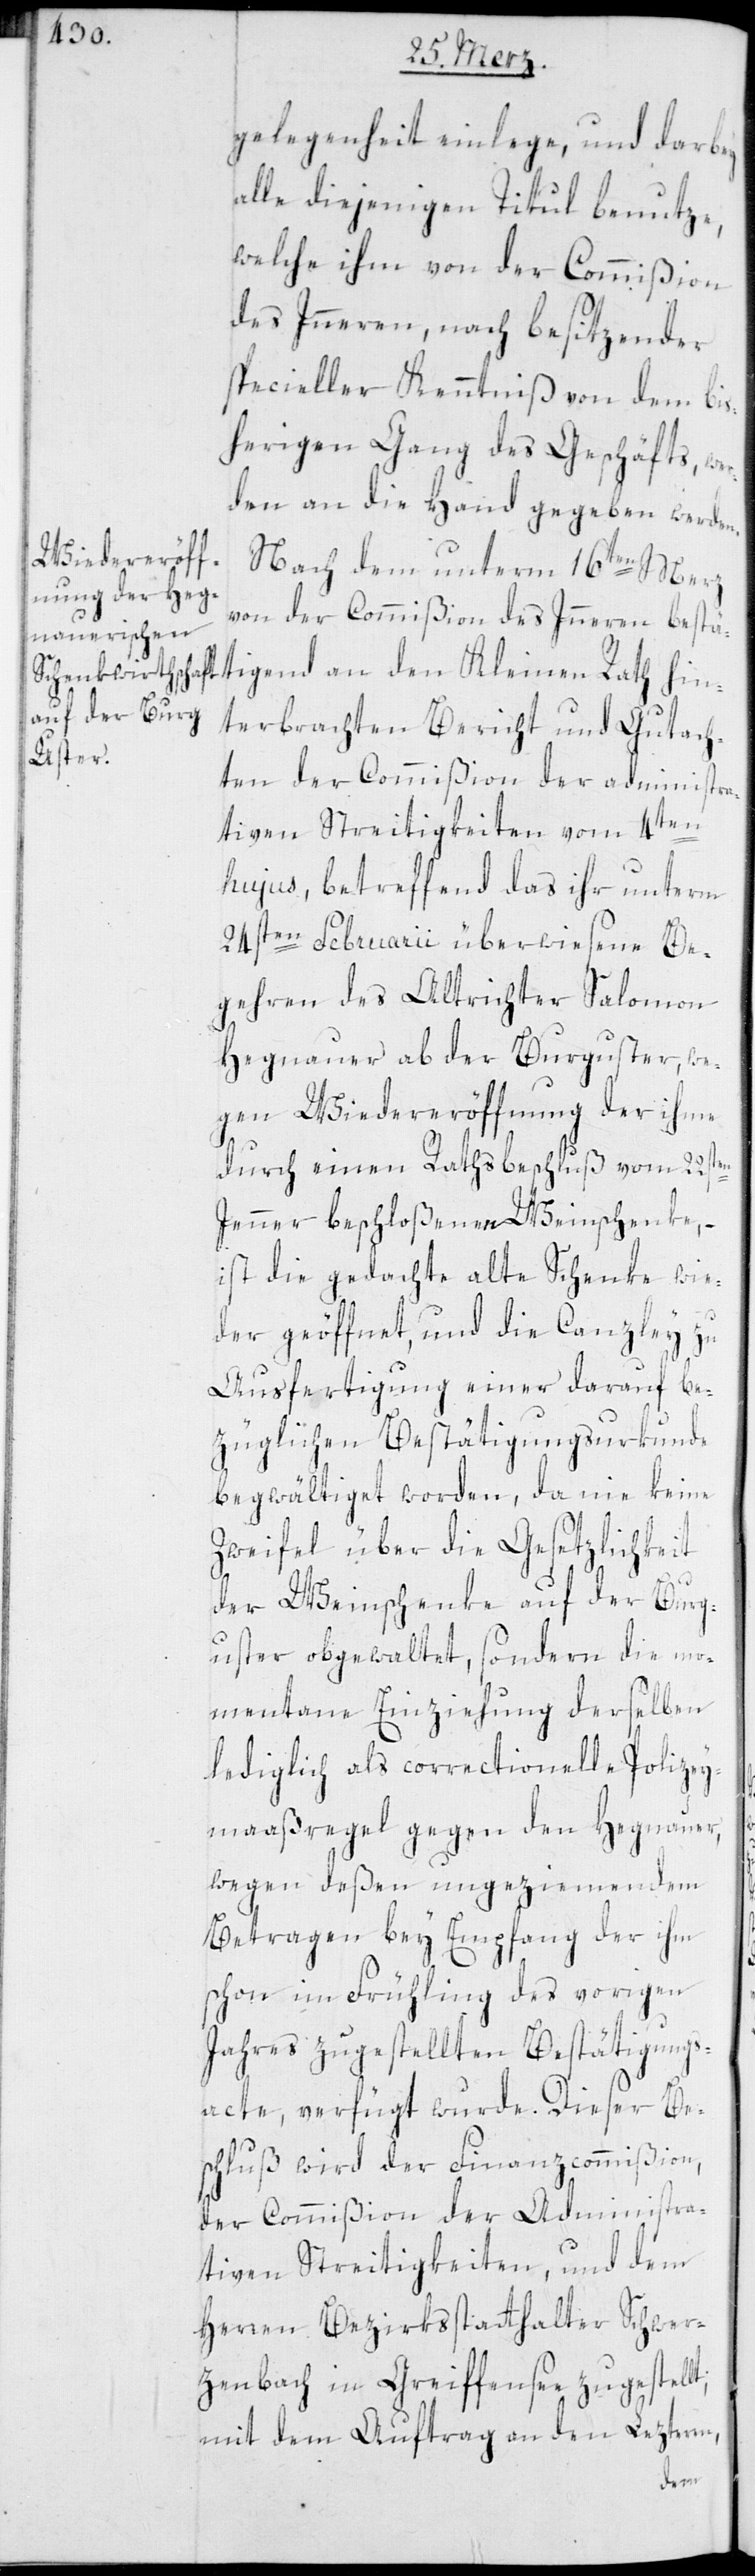
gelegenheit einlege, und darbey
alle diejenigen Titul benutze,
welche ihm von der Commißion
des Innern, nach besitzender
spezieller Kenntniß von dem bis¬
herigen Gang des Geschäfts, we¬
rden an die Hand gegeben werden.
Nach dem unterm 16ten Merz
von der Commißion des Innern bestä¬
tigend an den Kleinen Rath hin¬
terbrachten Bericht und Gutach¬
ten der Commißion der administra¬
t,
tiven Streitigkeiten vom 4ten
hujus, betreffend das ihr unterm
24sten Februarii überwiesene Be¬
gehren des Altrichter Salomon
Hegnauer ab der Burguster, we¬
gen Wiedereröffnung der ihme
durch einen Rathsbeschluß vom 22sten
Jenner beschloßenen Weinschenke, –
ist die gedachte alte Schenke wie¬
der geöffnet, und die Canzley zu
Ausfertigung einer darauf be¬
züglichen Bestätigungsurkunde
begwältiget worden, da nie keine
zweyfel über die Gesetzlichkeit
der Weinschenke auf der Burg¬
uster obgewaltet, sondern die mo¬
mentane Einziehung derselben
lediglich als correctionelle Polizey¬
maaßregel gegen den Hegnauer,
wegen deßen ungeziemendem
Betragen bey Empfang der ihm
schon im Frühling des vorigen
Jahres zugestellten Bestätigungs¬
acte, verfügt wurde. Dieser Be¬
schluß wird der Finanz-Commißion,
der Commißion der administra¬
tiven Streitigkeiten und dem
Herren Bezirksstatthalter Schwer¬
zenbach in Greiffensee zugestell¬
mit dem Auftrag an den Lezteren,